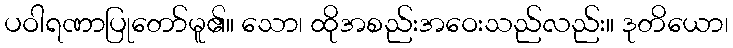
ပဝါရဏာပြုတော်မူ၏။ သော၊ ထိုအစည်းအဝေးသည်လည်း။ ဒုတိယော၊